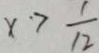
x > \frac { 1 } { 1 2 }